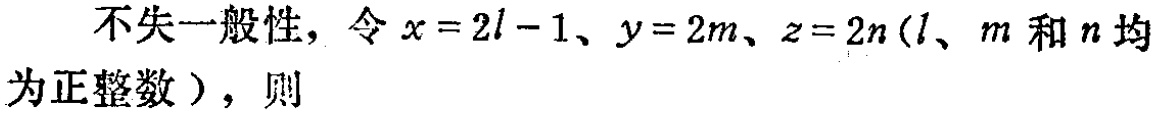
不失一般性，令\(x = 2l - 1\)、\(y = 2m\)、\(z = 2n\)（\(l\)、\(m\)和\(n\)均为正整数），则